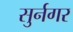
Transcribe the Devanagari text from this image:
सुर्नगर